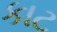
કાટ